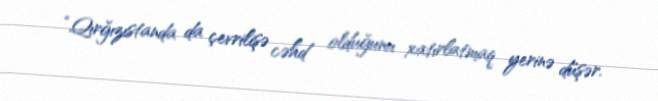
“Qırğızıstanda da çevrilişə cəhd olduğunu xatırlatmaq yerinə düşər.